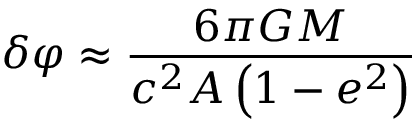
\delta \varphi \approx { \frac { 6 \pi G M } { c ^ { 2 } A \left( 1 - e ^ { 2 } \right) } }